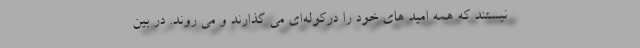
نیستند که همه امید های خود را درکوله‌ای می گذارند و می روند. در بین